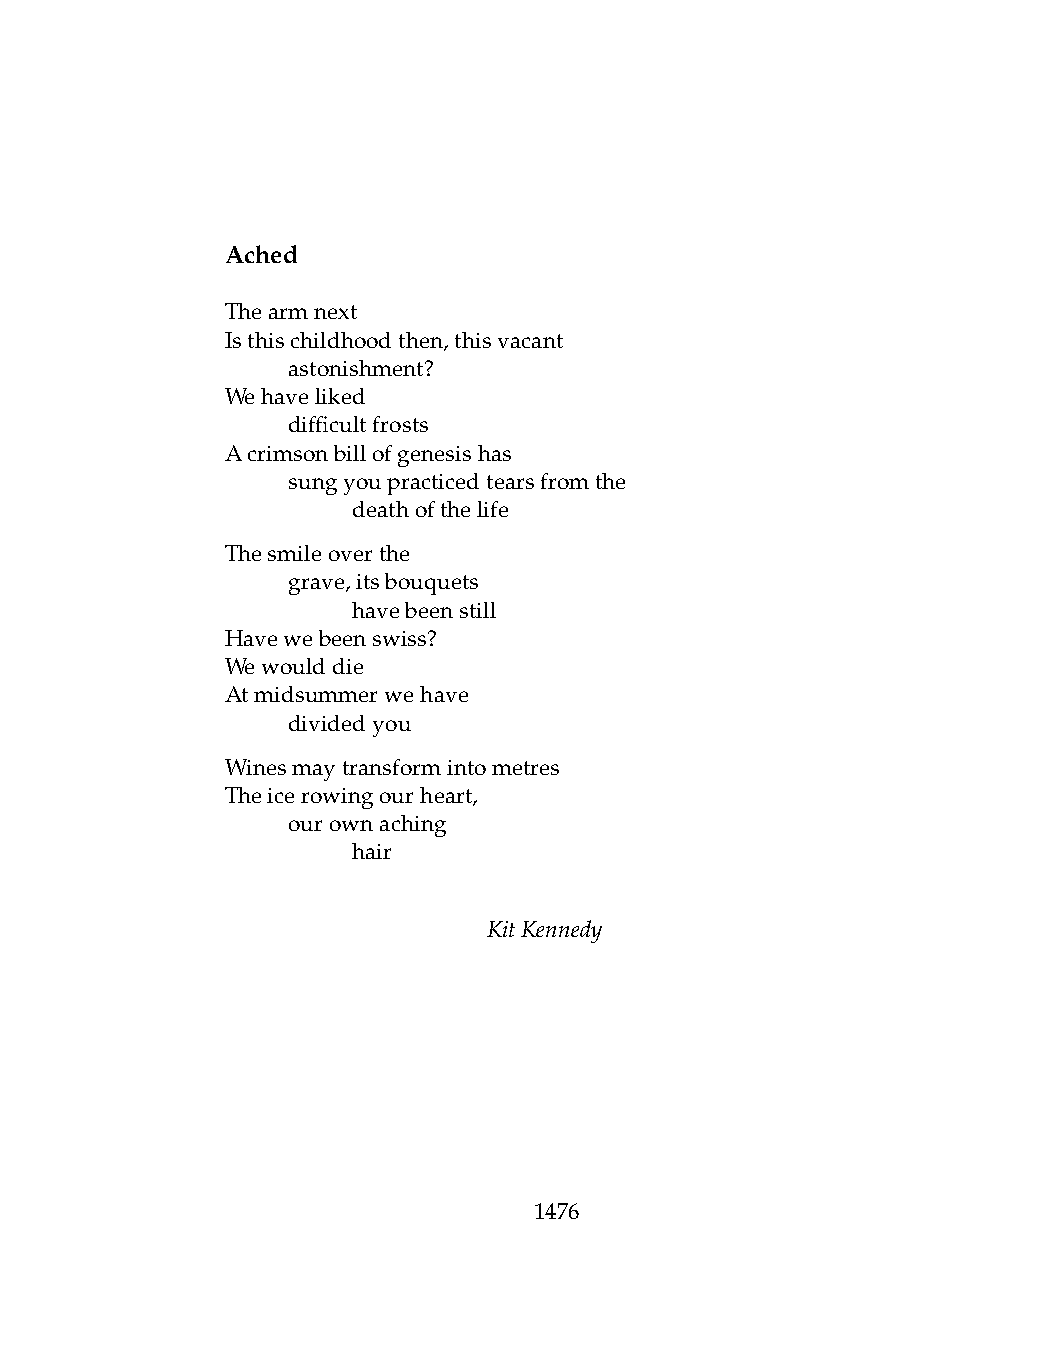
Ached
 Thearmnext
 Isthischildhoodthen,thisvacant
 .   astonishment?
 Wehaveliked
 .   difficultfrosts
 Acrimsonbillofgenesishas
 .   sungyoupracticedtearsfromthe
 .   .   deathofthelife
 Thesmileoverthe
 .   grave,itsbouquets
 .   .   havebeenstill
 Havewebeenswiss?
 Wewoulddie
 Atmidsummerwehave
 .   dividedyou
 Winesmaytransformintometres
 Theicerowingourheart,
 .   ourownaching
 .   .   hair
 KitKennedy
 1476